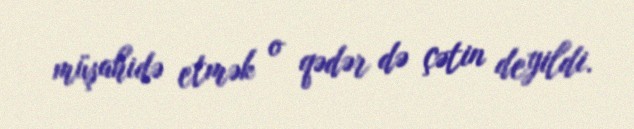
müşahidə etmək o qədər də çətin deyildi.